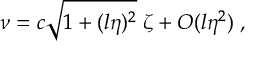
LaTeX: \nu = c \sqrt { 1 + ( l \eta ) ^ { 2 } } \; \zeta + { \cal O } ( l \eta ^ { 2 } ) \; ,